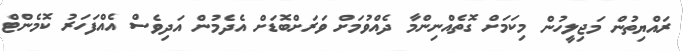
ރައްޔިތުން މަޖިލީހުން މިކަމަށް ގޮތެއްނިންމާ ދެއްވުމަށް ވަރަށްބޮޑަށް އެދެމުން އަދިވެސް އެއްފަހަރު ކޮމެންޓް